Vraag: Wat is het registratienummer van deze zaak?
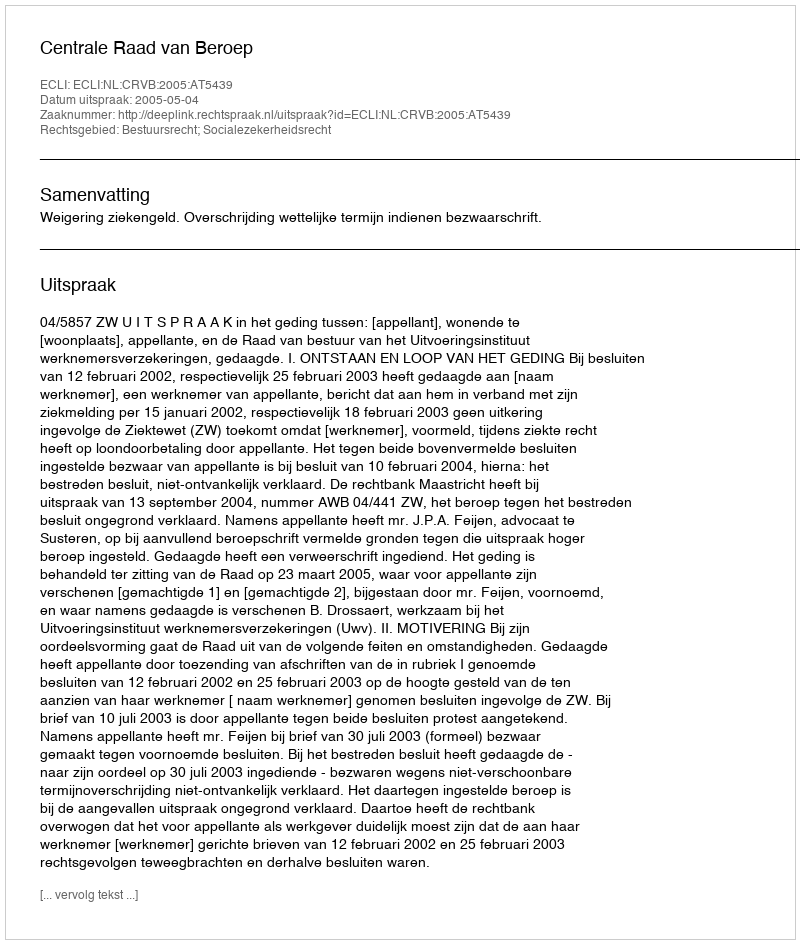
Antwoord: http://deeplink.rechtspraak.nl/uitspraak?id=ECLI:NL:CRVB:2005:AT5439